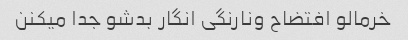
خرمالو افتضاح ونارنگی انگار بدشو جدا میکنن